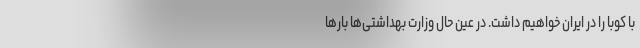
با کوبا را در ایران خواهیم داشت. در عین حال وزارت بهداشتی‌ها بارها